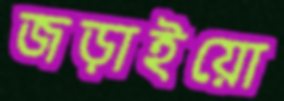
জড়াইয়ো